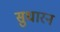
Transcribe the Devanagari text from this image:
सुधारन